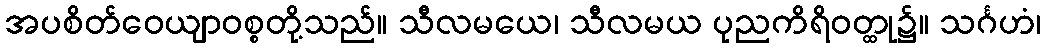
အပစိတ်ဝေယျာဝစ္စတို့သည်။ သီလမယေ၊ သီလမယ ပုညကိရိဝတ္ထု၌။ သင်္ဂဟံ၊